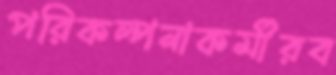
পরিকল্পনাকর্মীরব